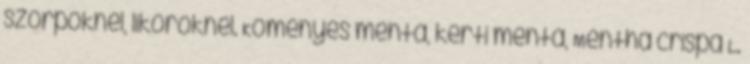
szörpöknél, likőröknél. Köményes menta, kerti menta, Mentha crispa L.